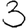
Digit: 3